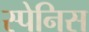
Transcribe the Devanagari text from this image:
स्पेनिस